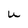
Character: U